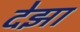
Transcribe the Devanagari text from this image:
देझा